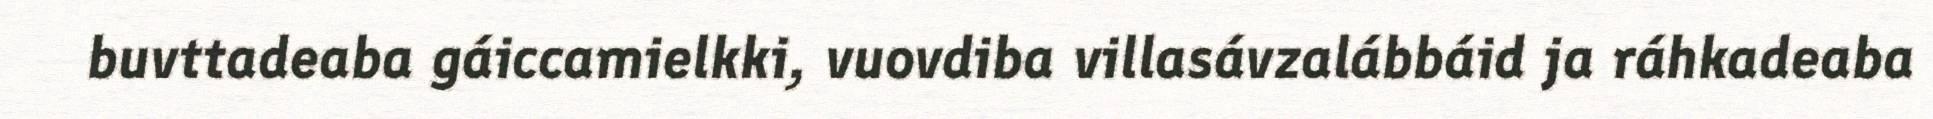
buvttadeaba gáiccamielkki, vuovdiba villasávzalábbáid ja ráhkadeaba